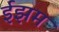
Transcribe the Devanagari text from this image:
ईझम